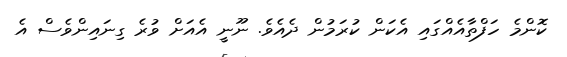
ކޮންމެ ހަފްތާއެއްގައި އެކަން ކުރަމުން ދެއެވެ. ނޫނީ އެއަށް ވުރެ ގިނައިންވެސް އެ